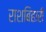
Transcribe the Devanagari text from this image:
राशबिहारी